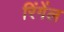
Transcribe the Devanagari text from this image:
रिंगेंल